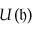
U ( { \mathfrak { h } } )